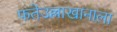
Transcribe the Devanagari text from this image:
फतेउल्लाखानाला